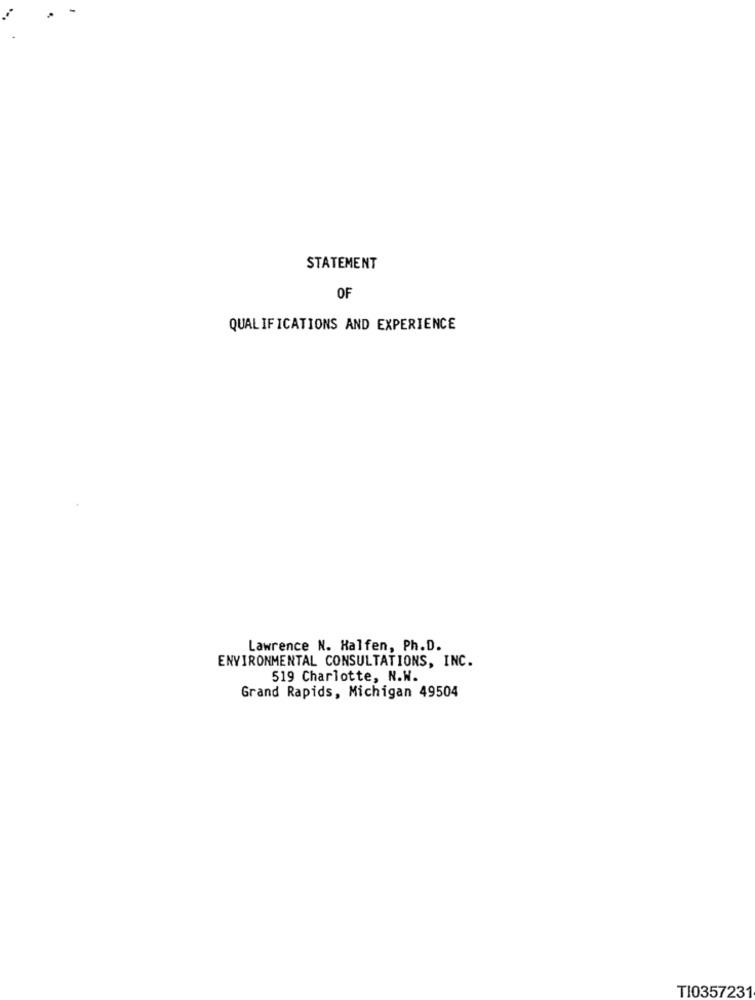
STATEMENT
OF
QUALIFICATIONS AND EXPERIENCE
Lawrence N. Halfen, Ph.D.
ENVIRONMENTAL CONSULTATIONS, INC.
519 Charlotte, N.W.
Grand Rapids, Michigan 49504
TI0357231